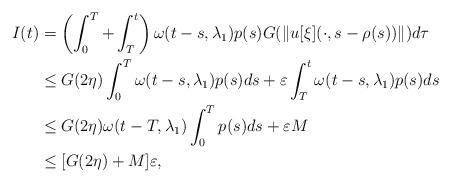
LaTeX: \begin{align*}I(t) & =\left( \int_0^T + \int_T^t\right)\omega(t-s,\lambda_1)p(s)G(\|u[\xi](\cdot,s-\rho(s))\|)d\tau\\& \le G(2\eta)\int_0^T \omega(t-s,\lambda_1)p(s)ds + \varepsilon \int_T^t \omega(t-s,\lambda_1)p(s)ds\\& \le G(2\eta)\omega(t-T,\lambda_1)\int_0^T p(s)ds + \varepsilon M\\& \le [G(2\eta)+M]\varepsilon,\end{align*}